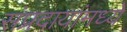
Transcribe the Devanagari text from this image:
संप्रदायांमध्ये